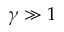
\gamma \gg 1